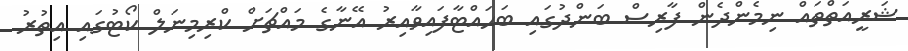
ޝަރީއަތްތައް ނިމެންދެން ފާރިސް ބަންދުގައި ބަހައްޓާފައިވާއިރު އޭނާގެ މައްޗަށް ކްރިމިނަލް ކޯޓުގައި އިތުރު